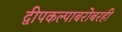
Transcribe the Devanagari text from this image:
द्वीपकल्पाबरोबरही